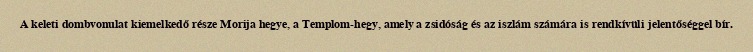
A keleti dombvonulat kiemelkedő része Morija hegye, a Templom-hegy, amely a zsidóság és az iszlám számára is rendkívüli jelentőséggel bír.